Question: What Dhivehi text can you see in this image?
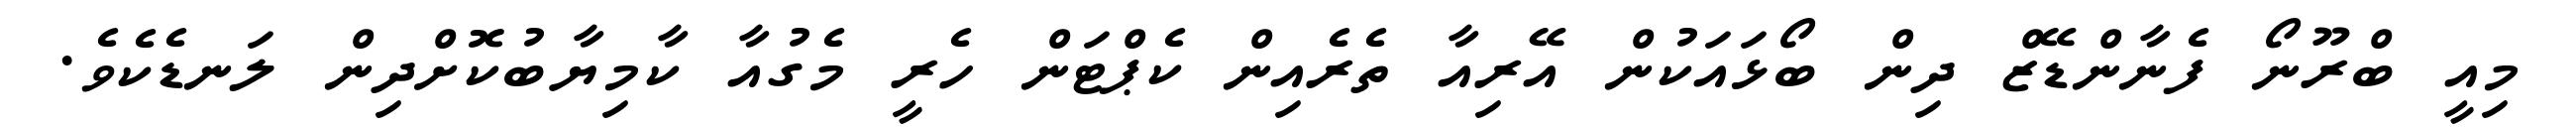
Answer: މިއީ ބްރޫނޯ ފެނާންޑޭޒް ދިން ބޯޅައަކުން އޭރިއާ ތެރެއިން ކެޕްޓަން ހެރީ މެގުއާ ކާމިޔާބުކޮށްދިން ލަނޑެކެވެ.